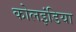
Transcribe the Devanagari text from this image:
कोलइंडिया